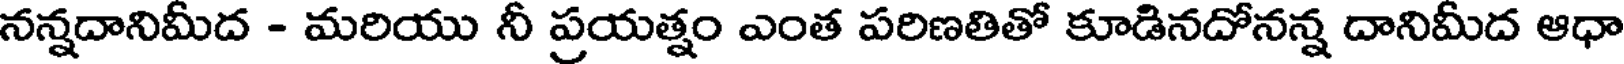
నన్నదానిమీద - మరియు నీ ప్రయత్నం ఎంత పరిణతితో కూడినదోనన్న దానిమీద ఆధా